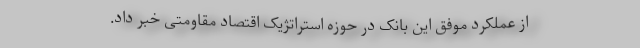
از عملکرد موفق این بانک در حوزه استراتژیک اقتصاد مقاومتی خبر داد.